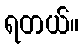
ရတယ်။